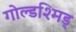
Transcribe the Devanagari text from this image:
गोल्डश्मिड्